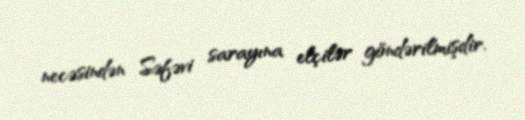
necəsindən Səfəvi sarayına elçilər göndərilmişdir.